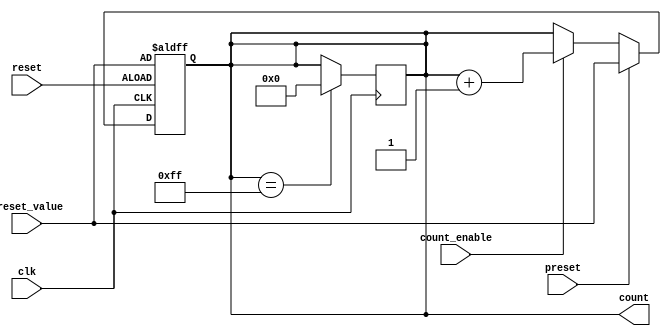
module presettable_counter (
    input wire clk,
    input wire reset,
    input wire preset,
    input wire [N-1:0] preset_value,
    input wire count_enable,
    output reg [N-1:0] count
);
    parameter N = 8; // Bit-width of the counter

    always @(posedge clk or posedge reset) begin
        if (reset) begin
            count <= preset_value; // Reset to preset value
        end else if (preset) begin
            count <= preset_value; // Load preset value
        end else if (count_enable) begin
            count <= count + 1; // Increment or decrement based on mode
        end
    end
    
    // Optionally, handle overflow/underflow and wrap-around
    always @(posedge clk) begin
        // Wrap-around logic for up counting
        if (count == {N{1'b1}}) begin
            count <= 0; // Wrap around to zero
        end
    end

endmodule